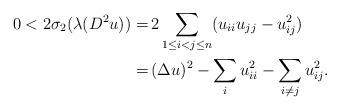
LaTeX: \begin{align*}\begin{aligned}0 < 2 \sigma_2 (\lambda (D^2 u)) = \,& 2 \sum_{1 \leq i < j \leq n} (u_{ii} u_{jj} - u_{ij}^2)\\ = \,& (\Delta u)^2 - \sum_i u_{ii}^2 - \sum_{i \neq j} u_{ij}^2.\end{aligned}\end{align*}